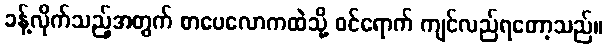
ခန့်လိုက်သည့်အတွက် စာပေလောကထဲသို့ ဝင်ရောက် ကျင်လည်ရတော့သည်။